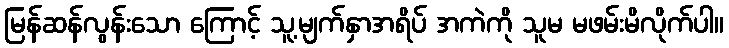
မြန်ဆန်လွန်းသော ကြောင့် သူ့မျက်နှာအရိပ် အကဲကို သူမ မဖမ်းမိလိုက်ပါ။